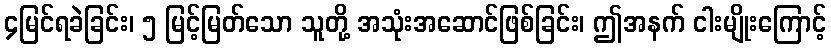
၄မြင်ရခဲခြင်း၊ ၅ မြင့်မြတ်သော သူတို့ အသုံးအဆောင်ဖြစ်ခြင်း၊ ဤအနက် ငါးမျိုးကြောင့်